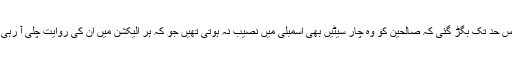
قوم اس حد تک بگڑ گئی کہ صالحین کو وہ چار سیٹیں بھی اسمبلی میں نصیب نہ ہوتی تھیں جو کہ ہر الیکشن میں ان کی روایت چلی آ رہی تھی۔